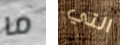
ما التي